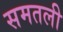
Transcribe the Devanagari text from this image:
समतली